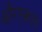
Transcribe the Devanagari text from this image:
औरएक्शन